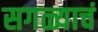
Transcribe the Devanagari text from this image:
सगळ्याचं